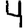
Digit: 4